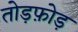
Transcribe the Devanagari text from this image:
तोड़फ़ोड़